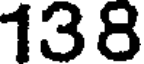
138